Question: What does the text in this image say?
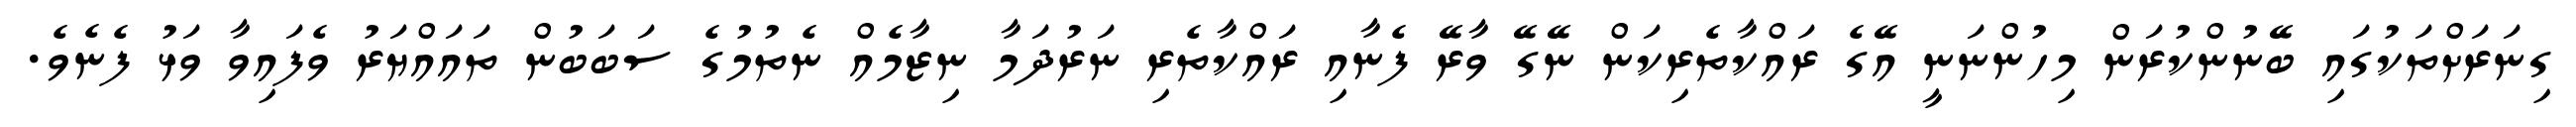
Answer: ގިނަރަށްތަކުގައި ބޭނުންކުރަން މިހުންނަނީ އޭގެ ރައްކާތެރިކަން ނޭގޭ ވާރޭ ފެނާއި ރައްކާތެރި ނަރުދަމާ ނިޒާމެއް ނެތުމުގެ ސަބަބުން ތައައްޔަރު ވެފައިވާ ވަޅު ފެނެވެ.